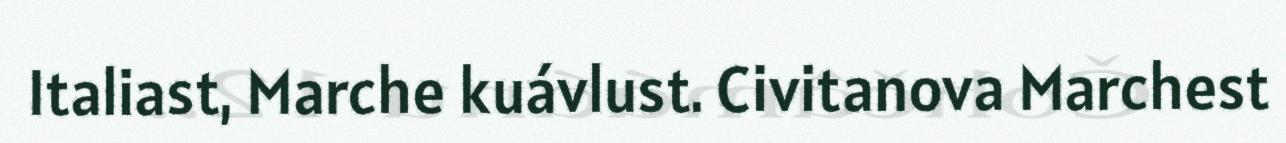
Italiast, Marche kuávlust. Civitanova Marchest